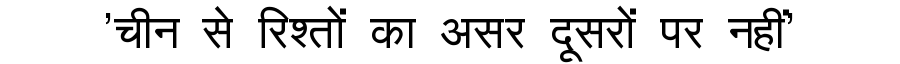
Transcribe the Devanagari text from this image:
'चीन से रिश्तों का असर दूसरों पर नहीं'